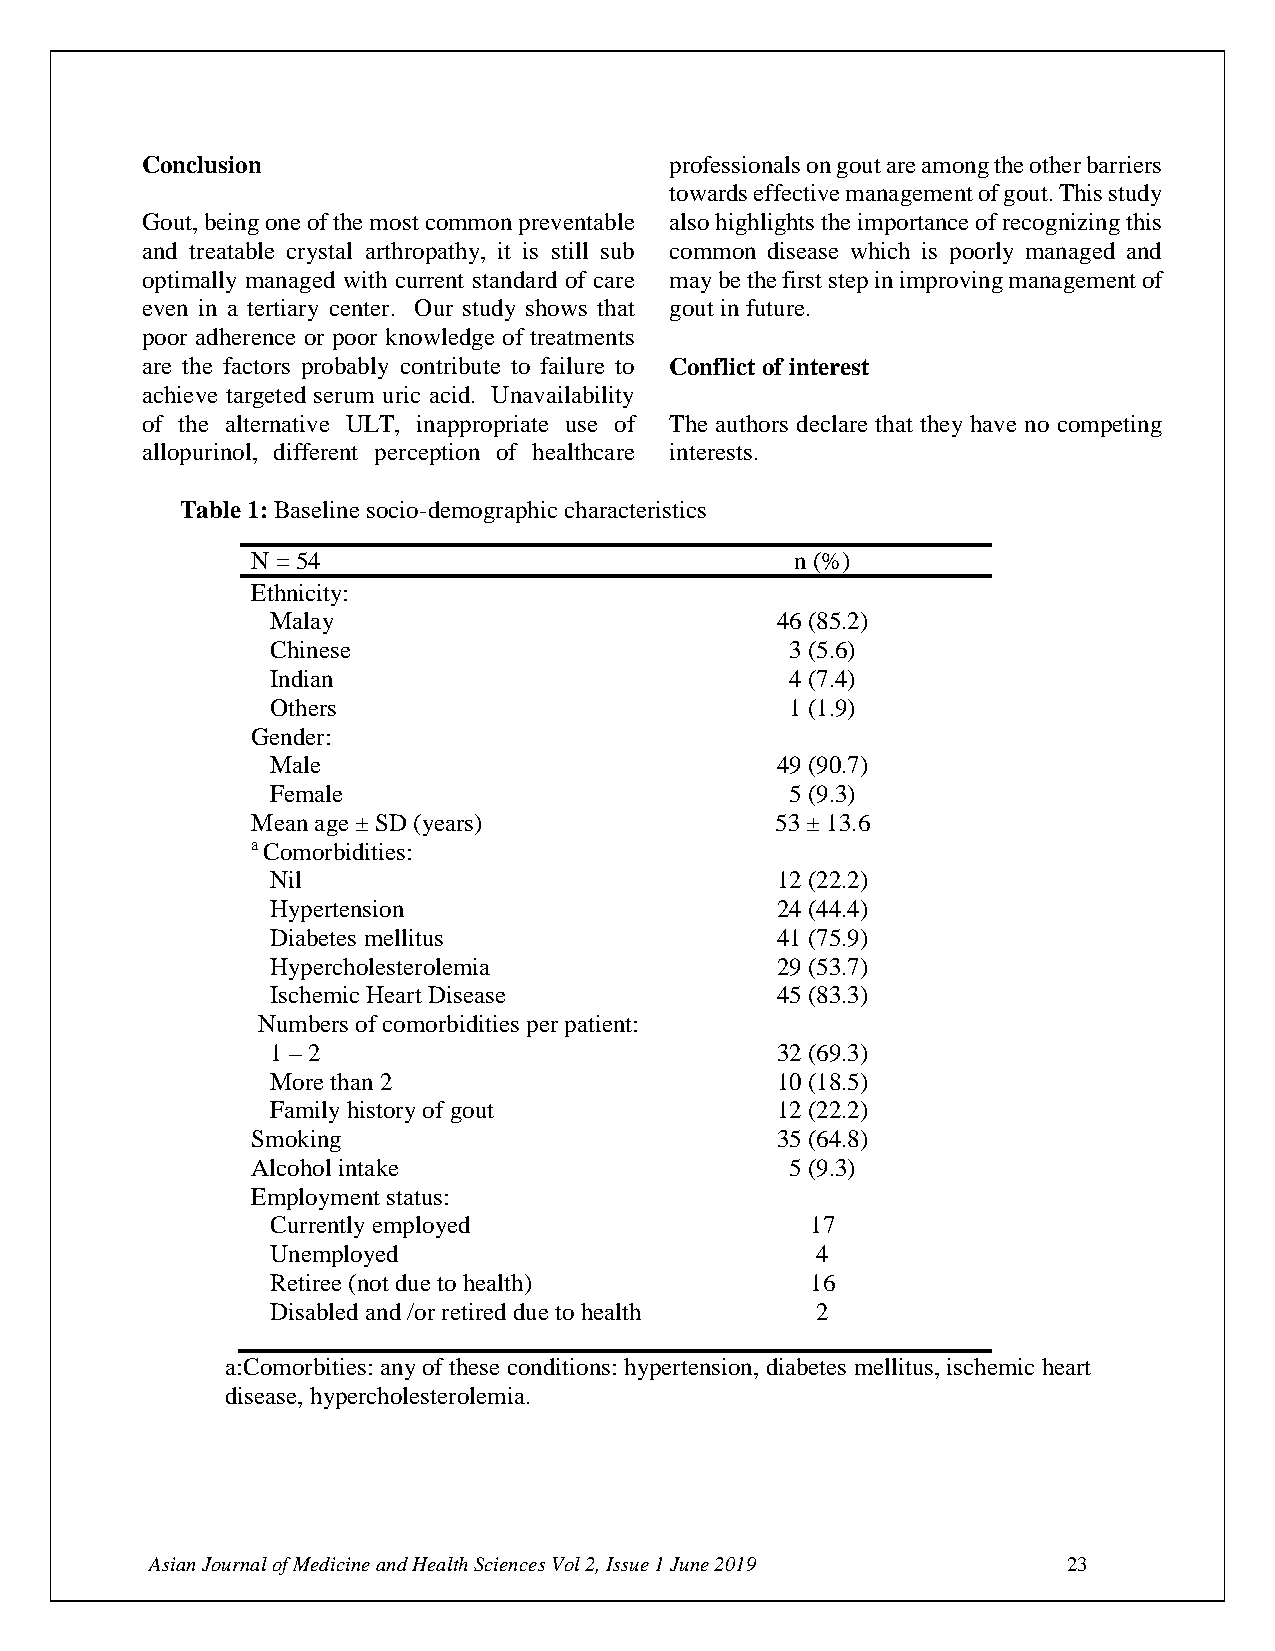
Conclusion                         professionals on gout are among the other barriers
 towards effective management of gout. This study
 Gout, being one of the most common preventable also highlights the importance of recognizing this
 and treatable crystal arthropathy, it is still sub common disease which is poorly managed and
 optimally managed with current standard of care may be the first step in improving management of
 even in a tertiary center. Our study shows that gout in future.
 poor adherence or poor knowledge of treatments
 are the factors probably contribute to failure to Conflict of interest
 achieve targeted serum uric acid. Unavailability
 of the alternative ULT, inappropriate use of The authors declare that they have no competing
 allopurinol, different perception of healthcare interests.
 Table 1: Baseline socio-demographic characteristics
 N = 54                              n (%)
 Ethnicity:
 Malay                            46 (85.2)
 Chinese                           3 (5.6)
 Indian                            4 (7.4)
 Others                            1 (1.9)
 Gender:
 Male                             49 (90.7)
 Female                            5 (9.3)
 Mean age ± SD (years)             53 ± 13.6
 a Comorbidities:
 Nil                              12 (22.2)
 Hypertension                     24 (44.4)
 Diabetes mellitus                41 (75.9)
 Hypercholesterolemia             29 (53.7)
 Ischemic Heart Disease           45 (83.3)
 Numbers of comorbidities per patient:
 1 – 2                            32 (69.3)
 More than 2                      10 (18.5)
 Family history of gout           12 (22.2)
 Smoking                           35 (64.8)
 Alcohol intake                     5 (9.3)
 Employment status:
 Currently employed                  17
 Unemployed                          4
 Retiree (not due to health)         16
 Disabled and /or retired due to health 2
 a:Comorbities: any of these conditions: hypertension, diabetes mellitus, ischemic heart
 disease, hypercholesterolemia.
 Asian Journal of Medicine and Health Sciences Vol 2, Issue 1 June 2019 23